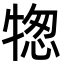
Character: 㹅